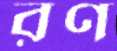
রণ